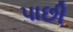
પાછી